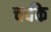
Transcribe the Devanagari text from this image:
चर्चके